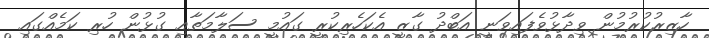
ހާޒިރުކުރުމުން ވިދާޅުވެފައިވަނީ އަބްދު ގާޒީ އެކަހެރިކުރީ ގައުމީ ސަލާމަތާއި ގުޅުން ހުރި ކަމެއްގައި